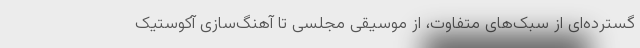
گسترده‌ای از سبک‌های متفاوت، از موسیقی مجلسی تا آهنگ‌سازی آکوستیک